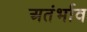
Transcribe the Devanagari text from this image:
अतंर्भाव